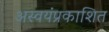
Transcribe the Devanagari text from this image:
अस्वयंप्रकाशित